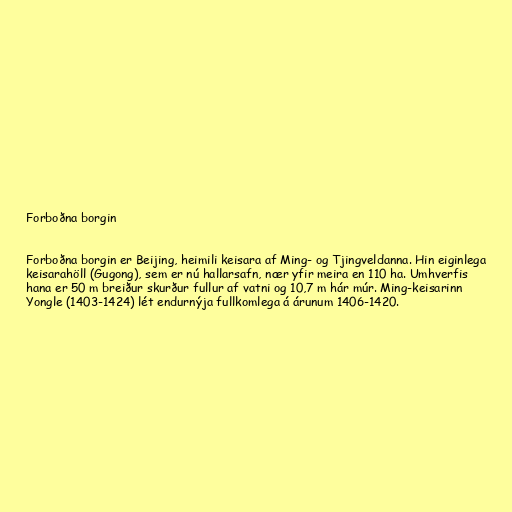
Forboðna borgin

Forboðna borgin er Beijing, heimili keisara af Ming- og Tjingveldanna. Hin eiginlega
keisarahöll (Gugong), sem er nú hallarsafn, nær yfir meira en 110 ha. Umhverfis
hana er 50 m breiður skurður fullur af vatni og 10,7 m hár múr. Ming-keisarinn
Yongle (1403-1424) lét endurnýja fullkomlega á árunum 1406-1420.